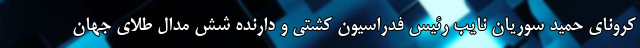
کرونای حمید سوریان نایب رئیس فدراسیون کشتی و دارنده شش مدال طلای جهان